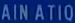
AINATIQ